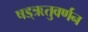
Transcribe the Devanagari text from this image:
षड्‌ऋतुवर्णन